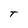
Character: T